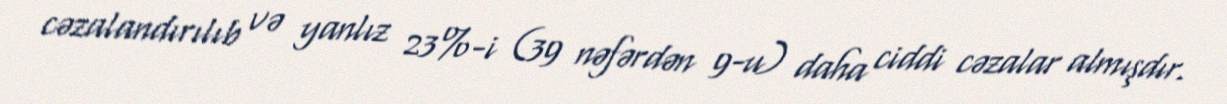
cəzalandırılıb və yanlız 23%-i (39 nəfərdən 9-u) daha ciddi cəzalar almışdır.